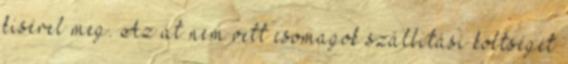
kísérel meg. Az át nem vett csomagok szállítási költségét